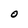
Character: O